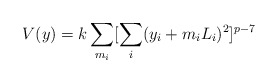
\begin{align*}V(y) = k \sum_{m_i} [\sum_i (y_i + m_i L_i)^2]^{p-7}\end{align*}